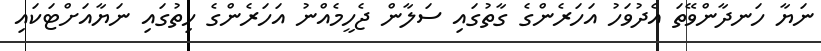
ނަޔާ ހަނދާންވޭތަ އެދުވަހު އަހަރެންގެ ގާތުގައި ސަލާން ޖެހީމެއްނު އަހަރެންގެ ހިތުގައި ނަޔާއަށްޓަކައި